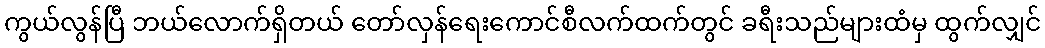
ကွယ်လွန်ပြီ ဘယ်လောက်ရှိတယ် တော်လှန်ရေးကောင်စီလက်ထက်တွင် ခရီးသည်များထံမှ ထွက်လျှင်